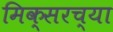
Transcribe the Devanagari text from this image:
मिक्सरच्या